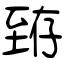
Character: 臶